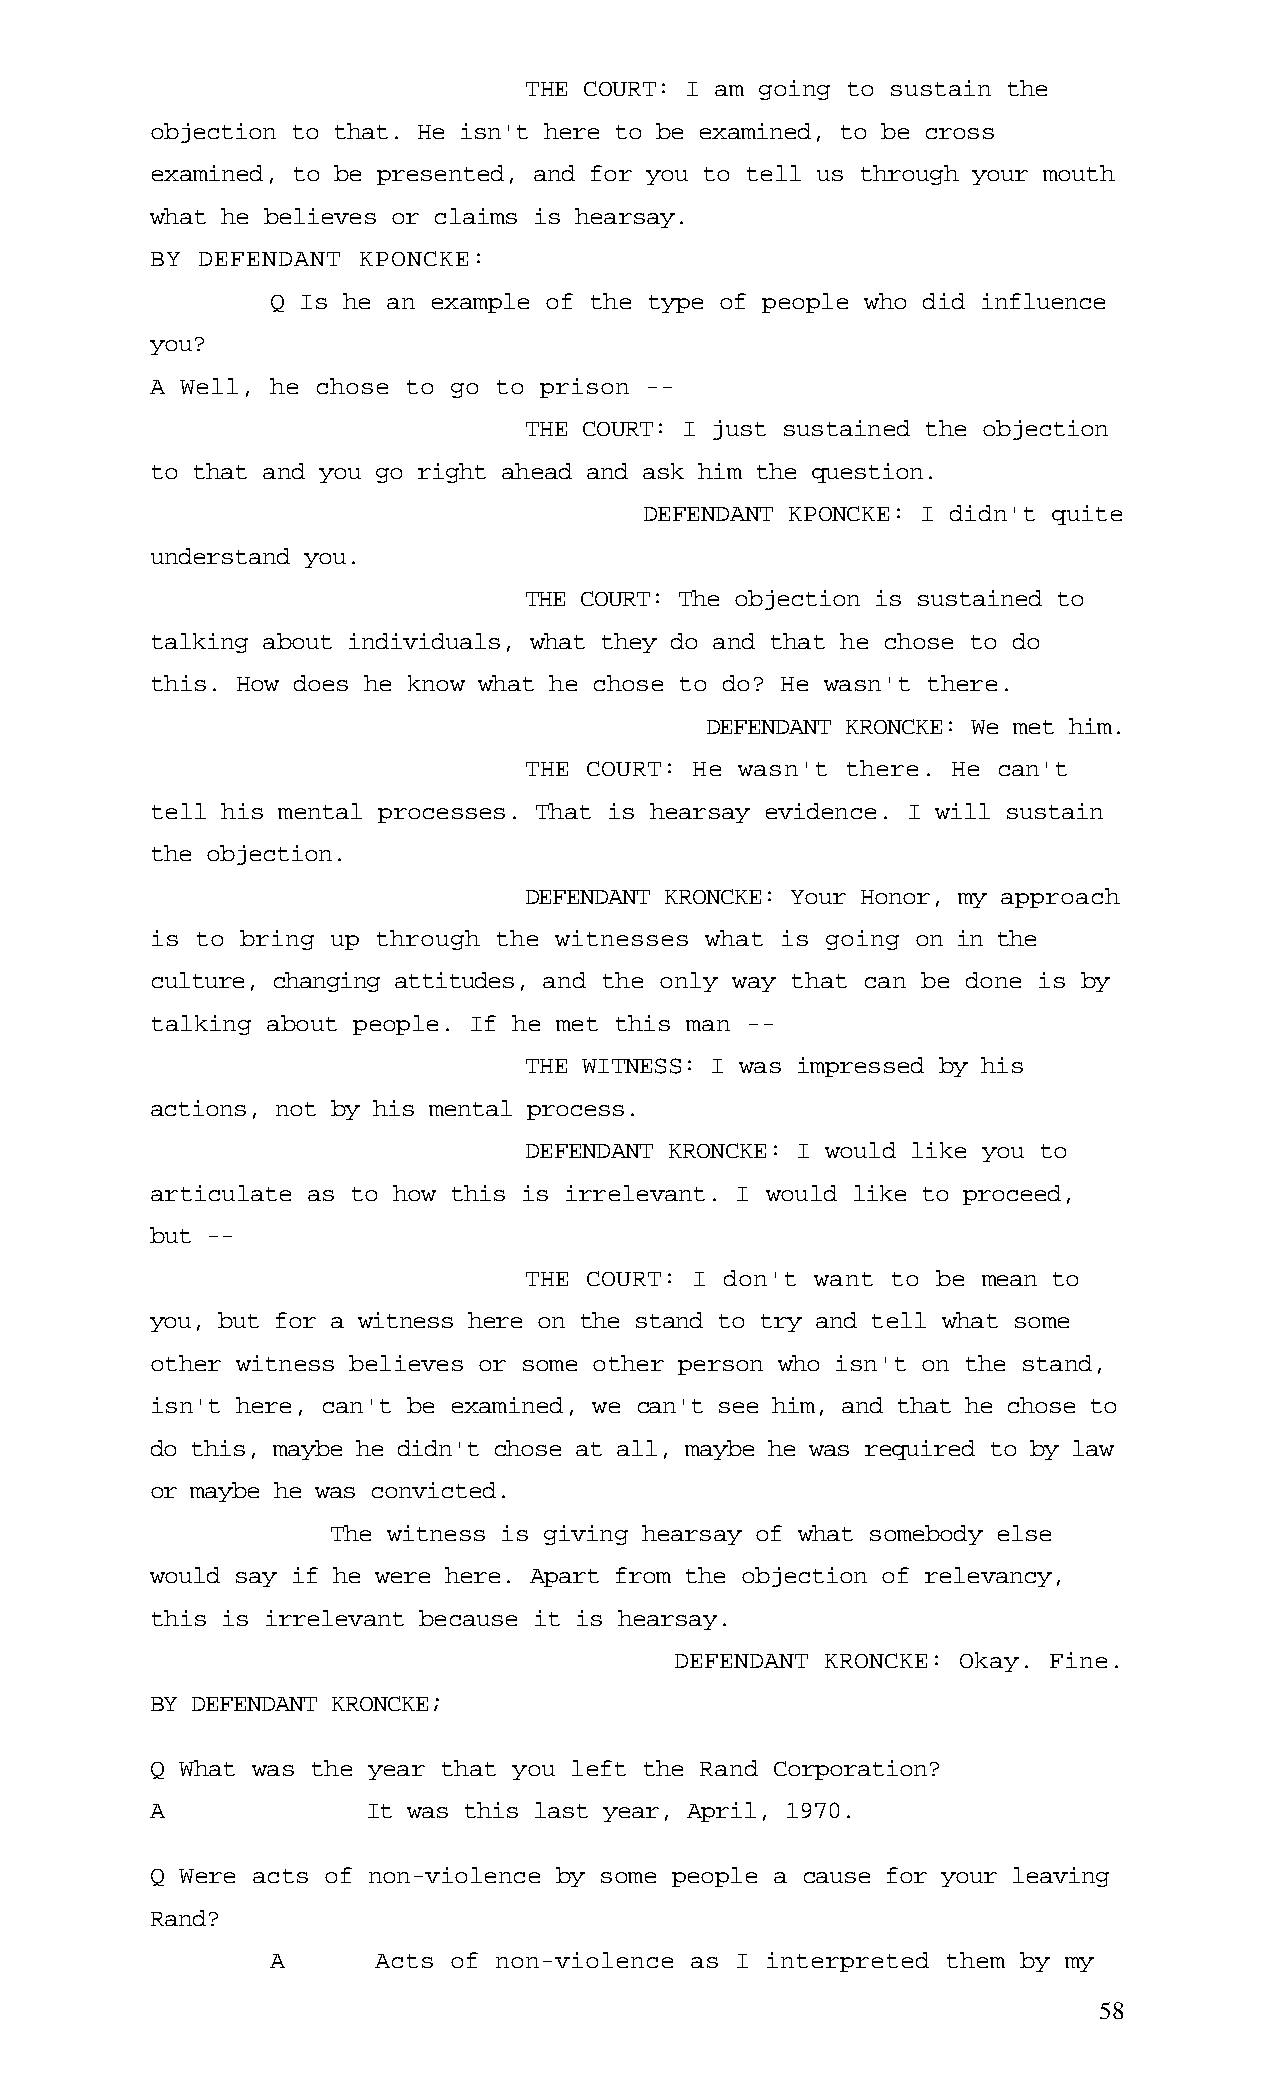
THE COURT: I am going to sustain the
 objection to that. He isn't here to be examined, to be cross
 examined, to be presented, and for you to tell us through your mouth
 what he believes or claims is hearsay.
 BY DEFENDANT  KPONCKE:
 Q Is he an example of the type of people who did influence
 you?
 A Well, he chose to go to prison --
 THE COURT: I just sustained the objection
 to that and you go right ahead and ask him the question.
 DEFENDANT KPONCKE: I didn't quite
 understand you.
 THE COURT: The objection is sustained to
 talking about individuals, what they do and that he chose to do
 this. How does he know what he chose to do? He wasn't there.
 DEFENDANT KRONCKE: We met him.
 THE COURT: He wasn't there. He can't
 tell his mental processes. That is hearsay evidence. I will sustain
 the objection.
 DEFENDANT KRONCKE: Your Honor, my approach
 is to bring up through the witnesses what is going on in the
 culture, changing attitudes, and the only way that can be done is by
 talking about people. If he met this man --
 THE WITNESS: I was impressed by his
 actions, not by his mental process.
 DEFENDANT KRONCKE: I would like you to
 articulate as to how this is irrelevant. I would like to proceed,
 but --
 THE COURT: I don't want to be mean to
 you, but for a witness here on the stand to try and tell what some
 other witness believes or some other person who isn't on the stand,
 isn't here, can't be examined, we can't see him, and that he chose to
 do this, maybe he didn't chose at all, maybe he was required to by law
 or maybe he was convicted.
 The witness is giving hearsay of what somebody else
 would say if he were here. Apart from the objection of relevancy,
 this is irrelevant because it is hearsay.
 DEFENDANT KRONCKE: Okay. Fine.
 BY DEFENDANT KRONCKE;
 Q What was the year that you left the Rand Corporation?
 A             It was this last year, April, 1970.
 Q Were acts of non-violence by some people a cause for your leaving
 Rand?
 A      Acts of non-violence as I interpreted them by my
 58